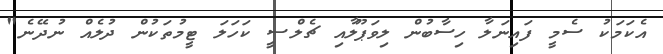
އެކަމަކު ސެމީ ފައިނަލާ ހިސާބުން ލިވަޕޫލާއި ޗެލްސީ ކަހަލަ ޓީމުތަކުން ދުލެއް ނުދޭނެ"